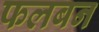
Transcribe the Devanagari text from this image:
फलबन